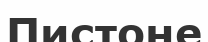
Пистоне